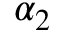
\alpha _ { 2 }